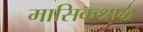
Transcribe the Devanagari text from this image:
मासिकश्राद्ध